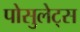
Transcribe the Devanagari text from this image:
पोसुलेट्स